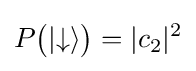
P{\big (}|{\downarrow }\rangle {\big )}=|c_{2}|^{2}